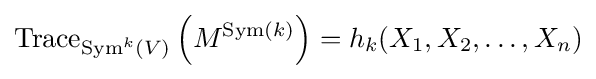
\operatorname {Trace} _{\operatorname {Sym} ^{k}(V)}\left(M^{\operatorname {Sym} (k)}\right)=h_{k}(X_{1},X_{2},\ldots ,X_{n})